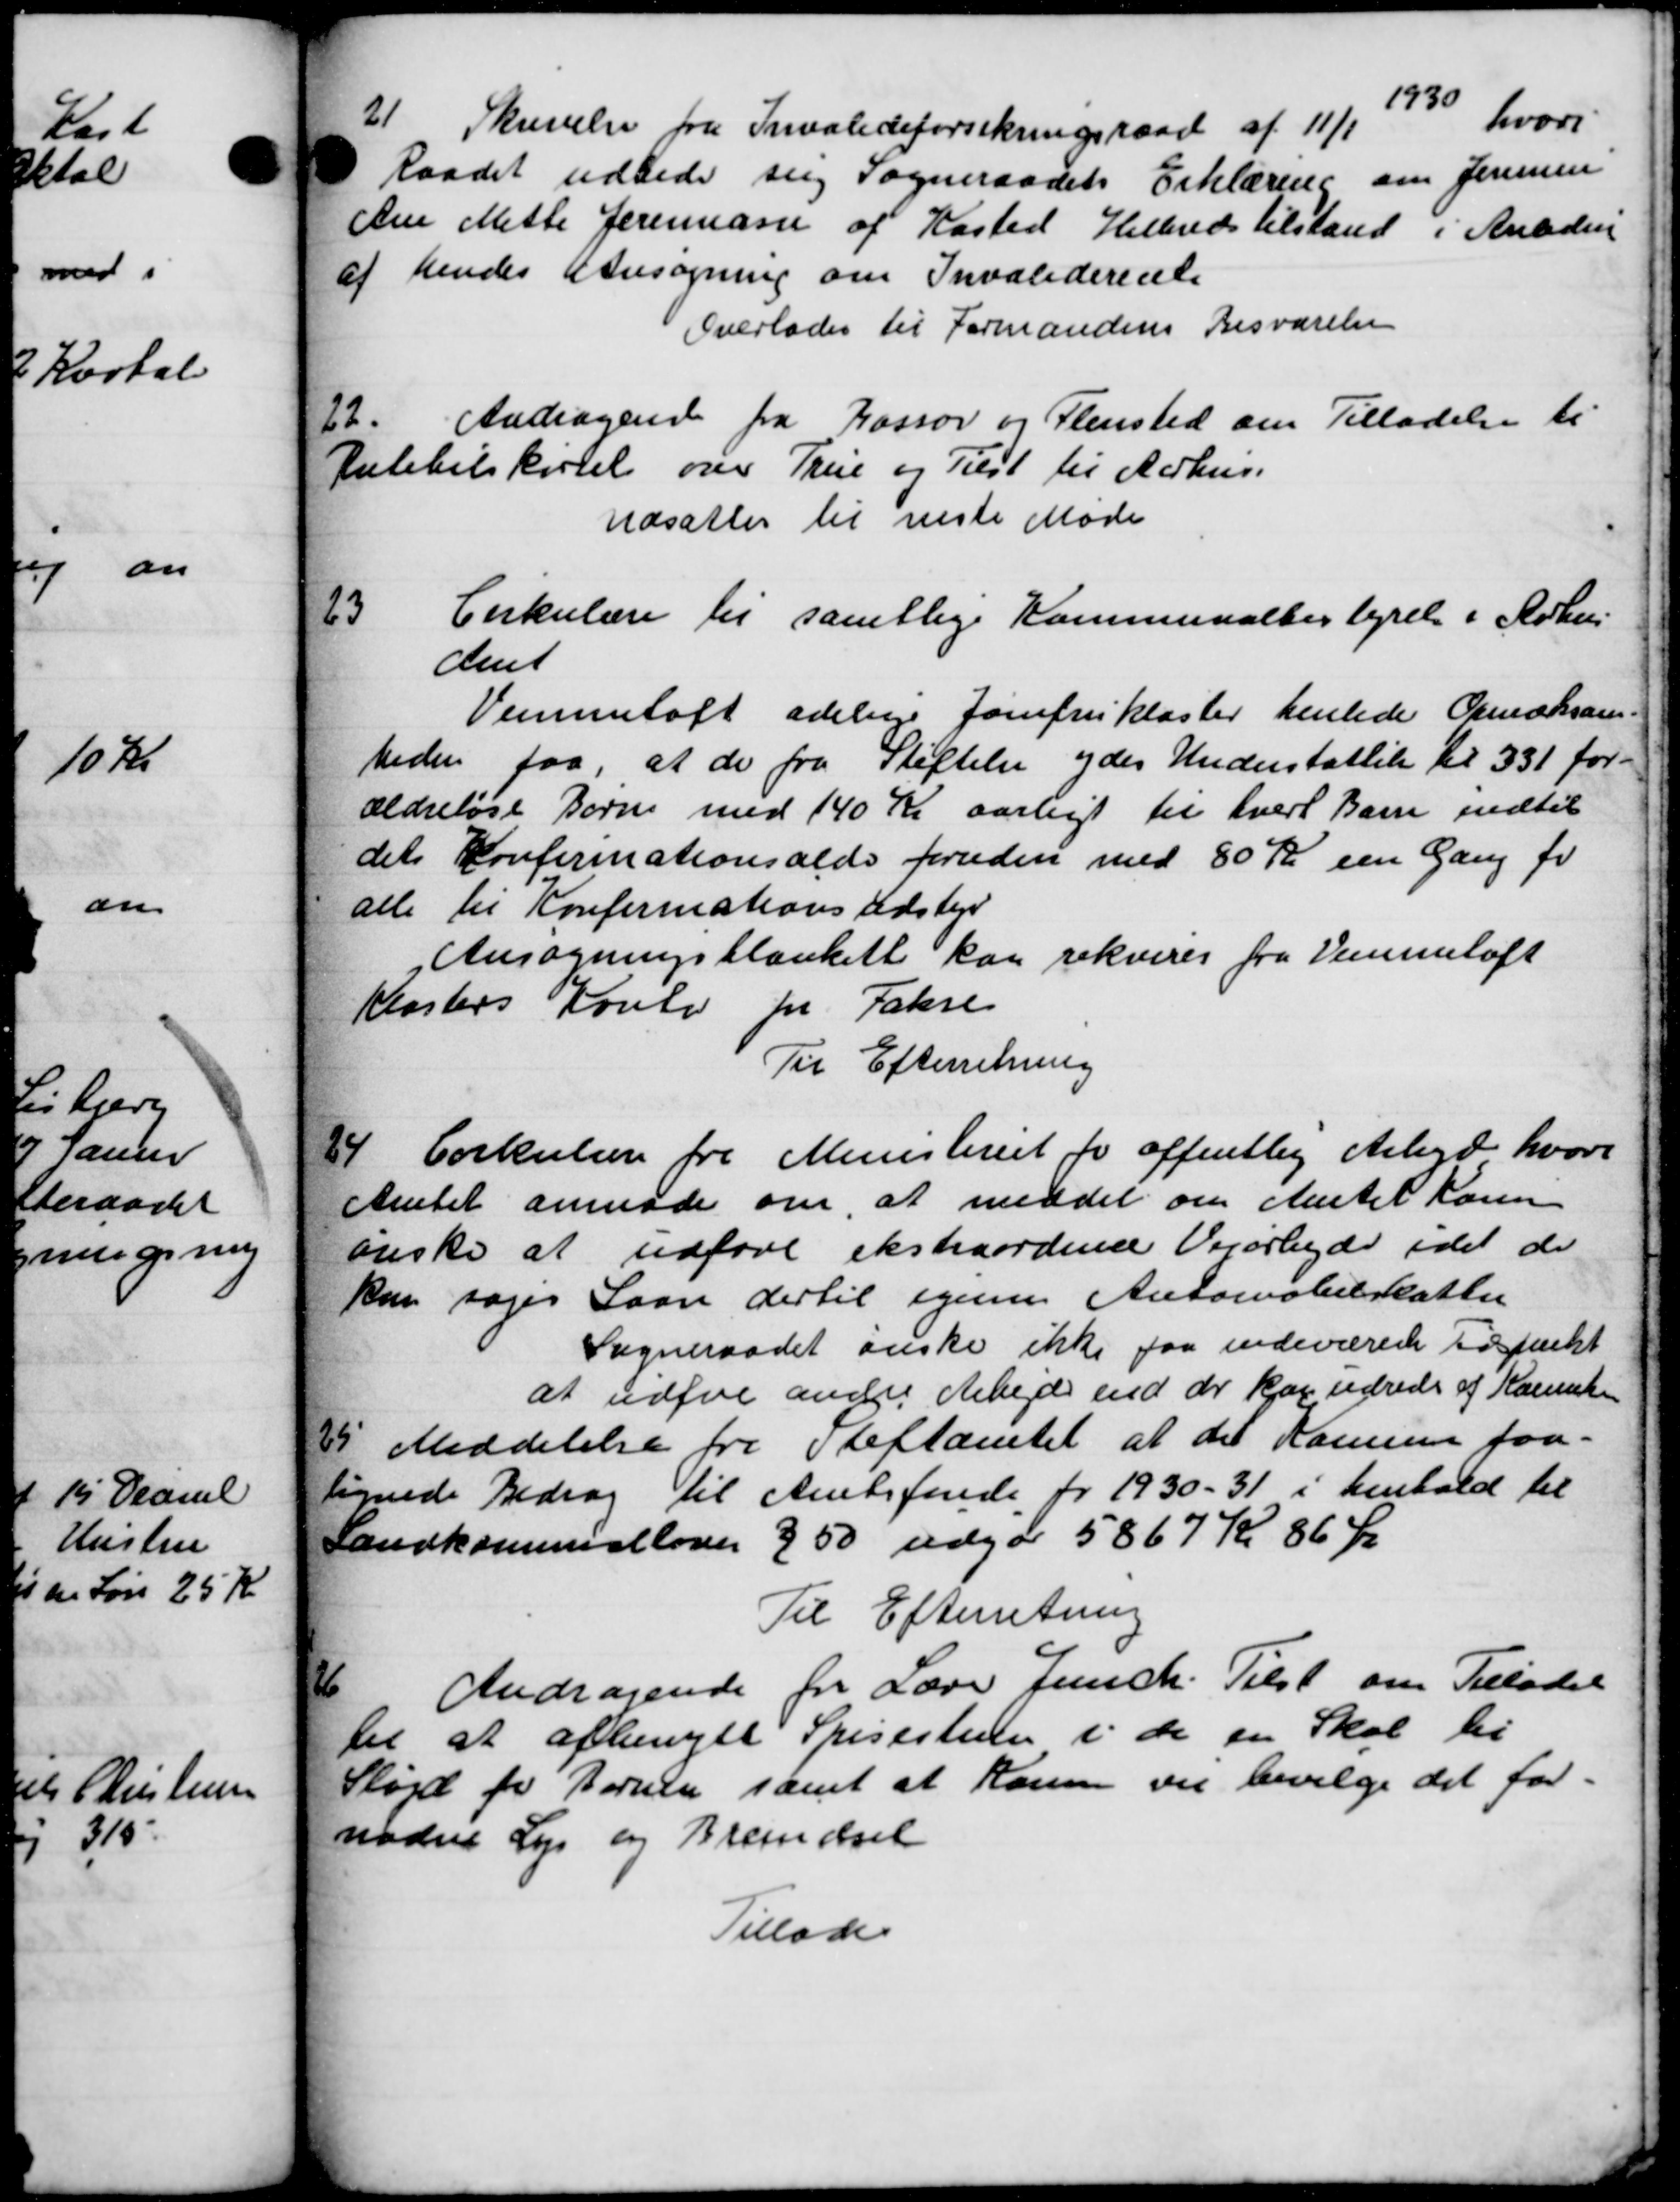
Transskription:
21
Skrivelse fra Invalideforsikringsraad af 11/1 1930
hvori
Raadet udbede sig Sogneraadets Erklæring om Jensen
Ane Mette Jeremose af Kasted Helbredstilstand i Anledni
af hendes Ansøgning om Invaliderente
Overlades til Formandens Besvarelse
22.
Andragende fra Kassor og Flensted om Tilladelse ti
Julebilkørsel over True og Tilst til Aarhus.
Udsattes til næste Møde
23
Cirkulære til samtlige Kommunalbestyret i Århus
Amt
Vemmentoft adelige Jomfrukloster henlede Opmæksam-
heden faa, at de fra Stiftelse ydes Understøttelse til 331 for-
ældreløse Børne med 140 Kr aarligt til hvert Barn indtil
dets Konfirmationsalde foruden med 80 Kr een Gang fr
alle til Konfirmations Udstyr
Ansøgningsblankett kan rekvirer fra Vemmetoft
Klosters Koulo til Fakse
Til Efterretning
1
Cirkulære fra Ministeriet for offentlig Arbejd, hvori
Amtet anmode om at meddel om Amtet Karen
ønske at udføre ekstraordene Verarbejde idet de
kan søger Laan dertil igenne Automobelskatter
Sogneraadet ønske ikke faa indeværen Topunkt
at udføre andre Arbejde end de kan udrede af Komunen
v Meddelelse fra Stiftamtet at det Komune faa-
v Meddelelse fra Stiftamtet at det Komune faa-
lignede Bidrag til Amtsfonde for 1930-31 i henhold til
Landkommiseloven § 50 udgør 5867 Kr. 86 Øre
Til Efterretning
16
Andragende for Lærer Jennich. Tilst om Tilladel
til at afbenytte Spisestuen i de en Skal til
Sløjd for Børnen samt at Komme vil bevilge det for-
nødne Lys og Brændsel
Tillade